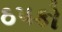
ઠપકો